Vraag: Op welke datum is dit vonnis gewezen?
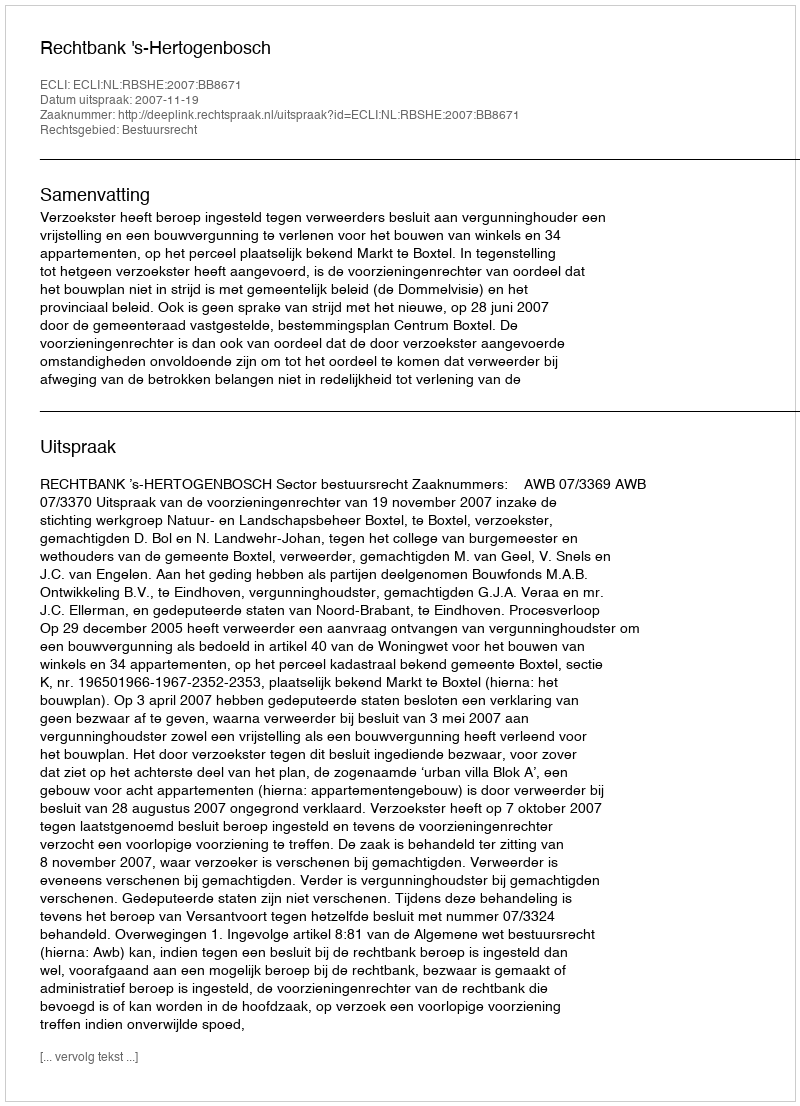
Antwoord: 2007-11-19